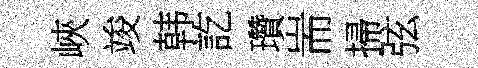
峽竣韩訖瓚耑掃弦